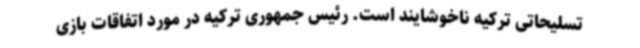
تسلیحاتی ترکیه ناخوشایند است. رئیس جمهوری ترکیه در مورد اتفاقات بازی